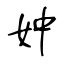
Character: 妕